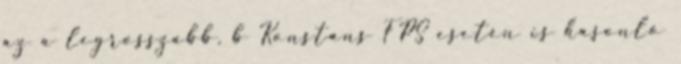
az a legrosszabb. b Konstans FPS esetén is hasonló